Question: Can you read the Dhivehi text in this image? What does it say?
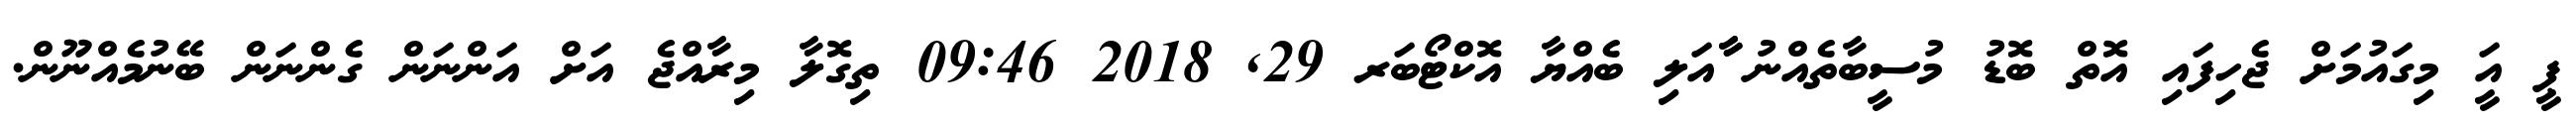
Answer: ޕީ އަީ މިގައުމަށް ޖެހިފައި އޮތް ބޮޑު މުސީބާތެއްނު ާާއަލި ބެއްޔާ އޮކްޓޯބަރ 29, 2018 09:46 ތިގޮލާ މިރާއްޖެ އަށް އަންނަން ގެންނަން ބޭނުމެއްނޫން.